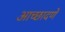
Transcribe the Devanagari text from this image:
आच्छादणें